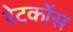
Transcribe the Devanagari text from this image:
रेटकोंस